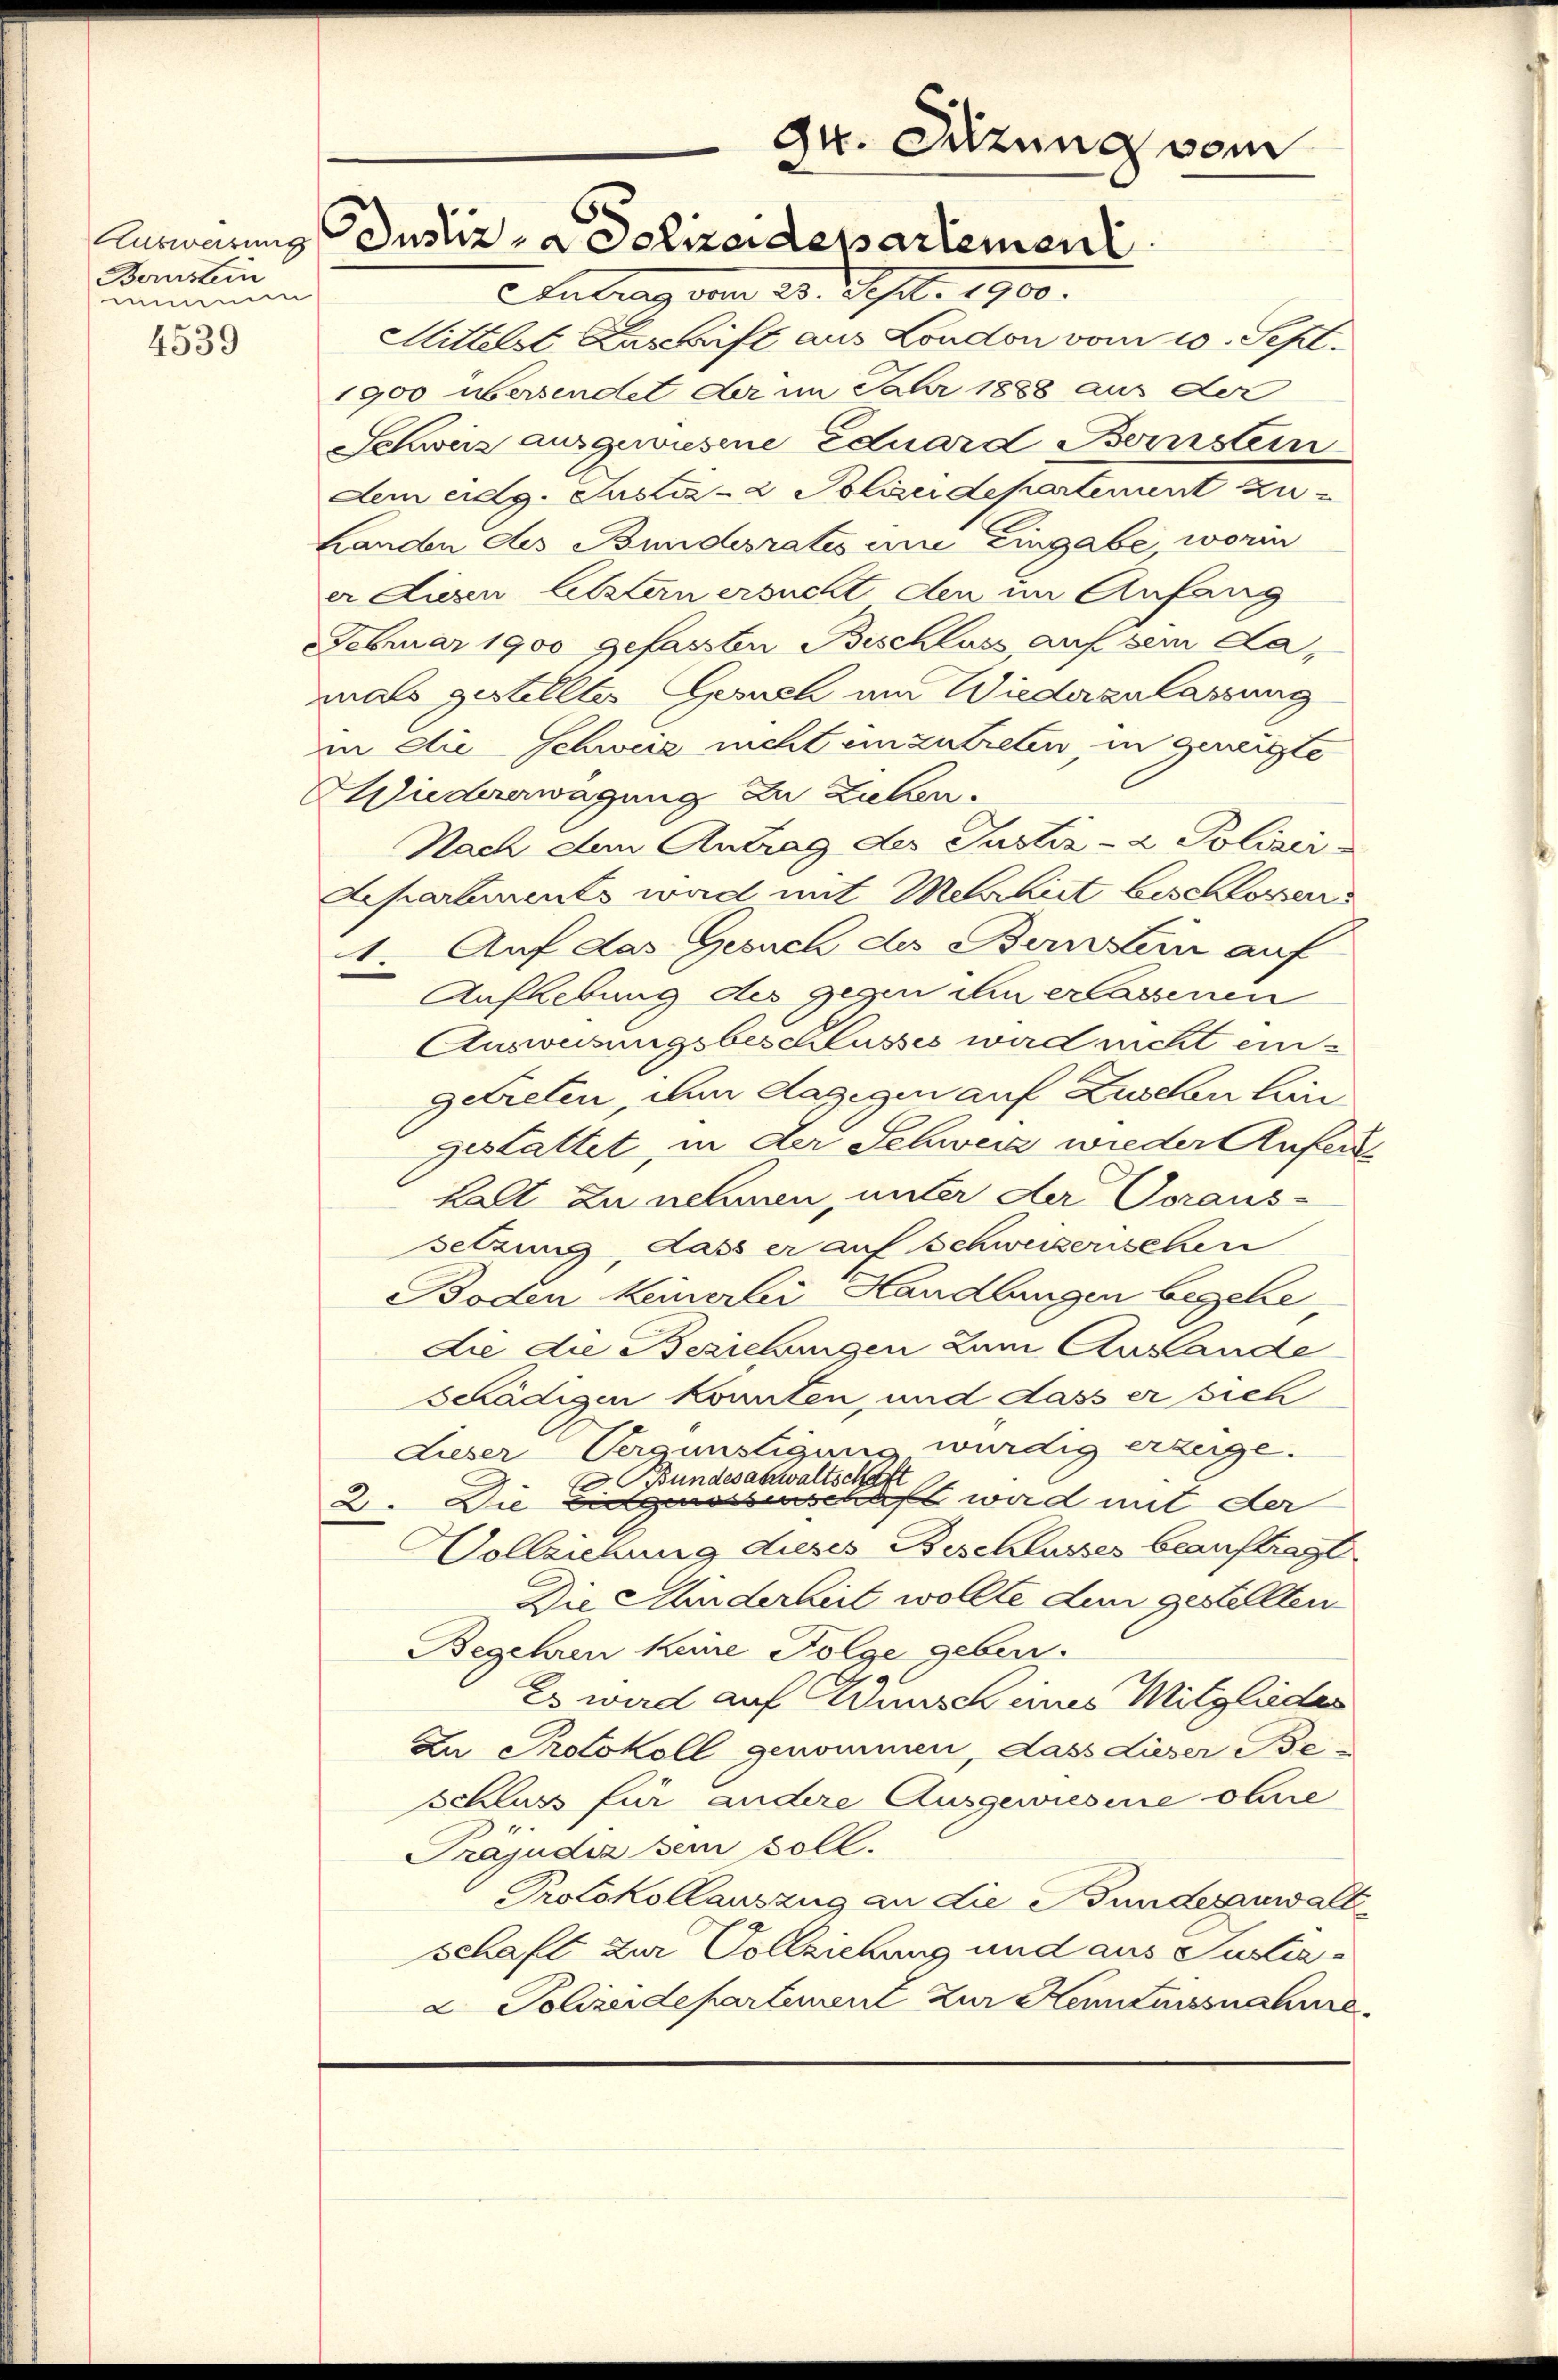
Ausweisung
Bernstein
nmmenen
4539

zu. Mitung vom
Justiz- & Polizeidepartement

Antrag vom 23. Sept. 1900.
Mittelst Anschrift aus London vom 20. Sept.
1900 übersendet der im Jahr 1888 aus der
Schweiz ausgewiesene Eduard Bernstein
dem eidg. Justiz- & Polizeidepartement zu
Landen des Bundesrates une Eingabe worin
er diesen letztern ersucht den im Anfang
Februar 1900 gefasste Beschluss auf sein damals gestelltes Gesuch um Wiederzulassung
in die Schweiz nicht einzutreten, in geneigte
Wiedererwägung zu ziehen.
Nach den Antrag der Justiz- & Polizei¬
Aepartements wird mit Mehrheit beschlossen
Auf das Gesuch des Bernsten auf
21.
Auflebung des gegen in erlassenen
Ausweisungsbeschlusses wird nicht eingetreten, um dagegen auf Zusehen Lan
gestattet, in der Schweiz wieder Anfere
kalt zu nehmen, unter der Voraus-
setzung, dass er auf Schweizerschen
Boden keinerlei Handlungen begehe,
Lie die Beziehungen zum Auslande
schädigen konnten, und dass er sich
Lieser Vergünstigung würdig erzeige.
Bundesanwaltschaft
Die Eidgenossenschaft wird mit der
2.
Vollziehung dieses Beschlusses beauftragt
Die Minderheit wollte den gestellten
Begehren keine Folge geben.
Es wird auf Adminisch eines Mitglieder
Zu Protokoll genommen, dass dieser Be-
schluss für andere Ausgewiesene ohne
Präjudiz sein soll.
Protokollauszug an die Fundesanwalt
schaft zur Vollziehung und aus Justiz-
2 Polizeidepartement zur Kenntnissnahme